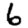
Digit: 6